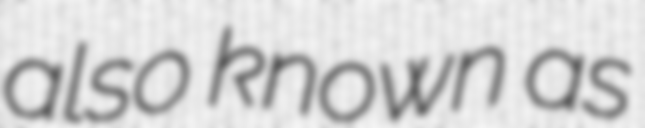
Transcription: also known as